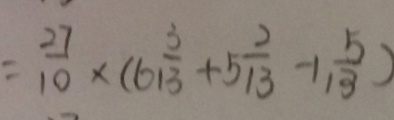
= \frac { 2 7 } { 1 0 } \times ( 6 \frac { 3 } { 1 3 } + 5 \frac { 2 } { 1 3 } - 1 \frac { 5 } { 1 3 } )